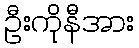
ဦးကိုနီအား